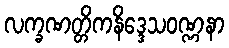
လက္ခဏတ္တိကနိဒ္ဒေသဝဏ္ဏနာ